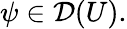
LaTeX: \psi\in{\mathcal{D}}(U).